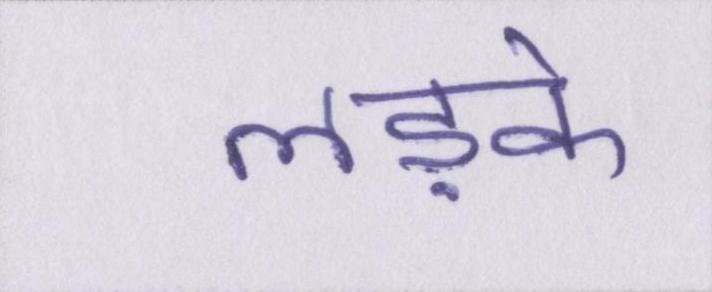
लड़के